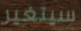
سيتغير